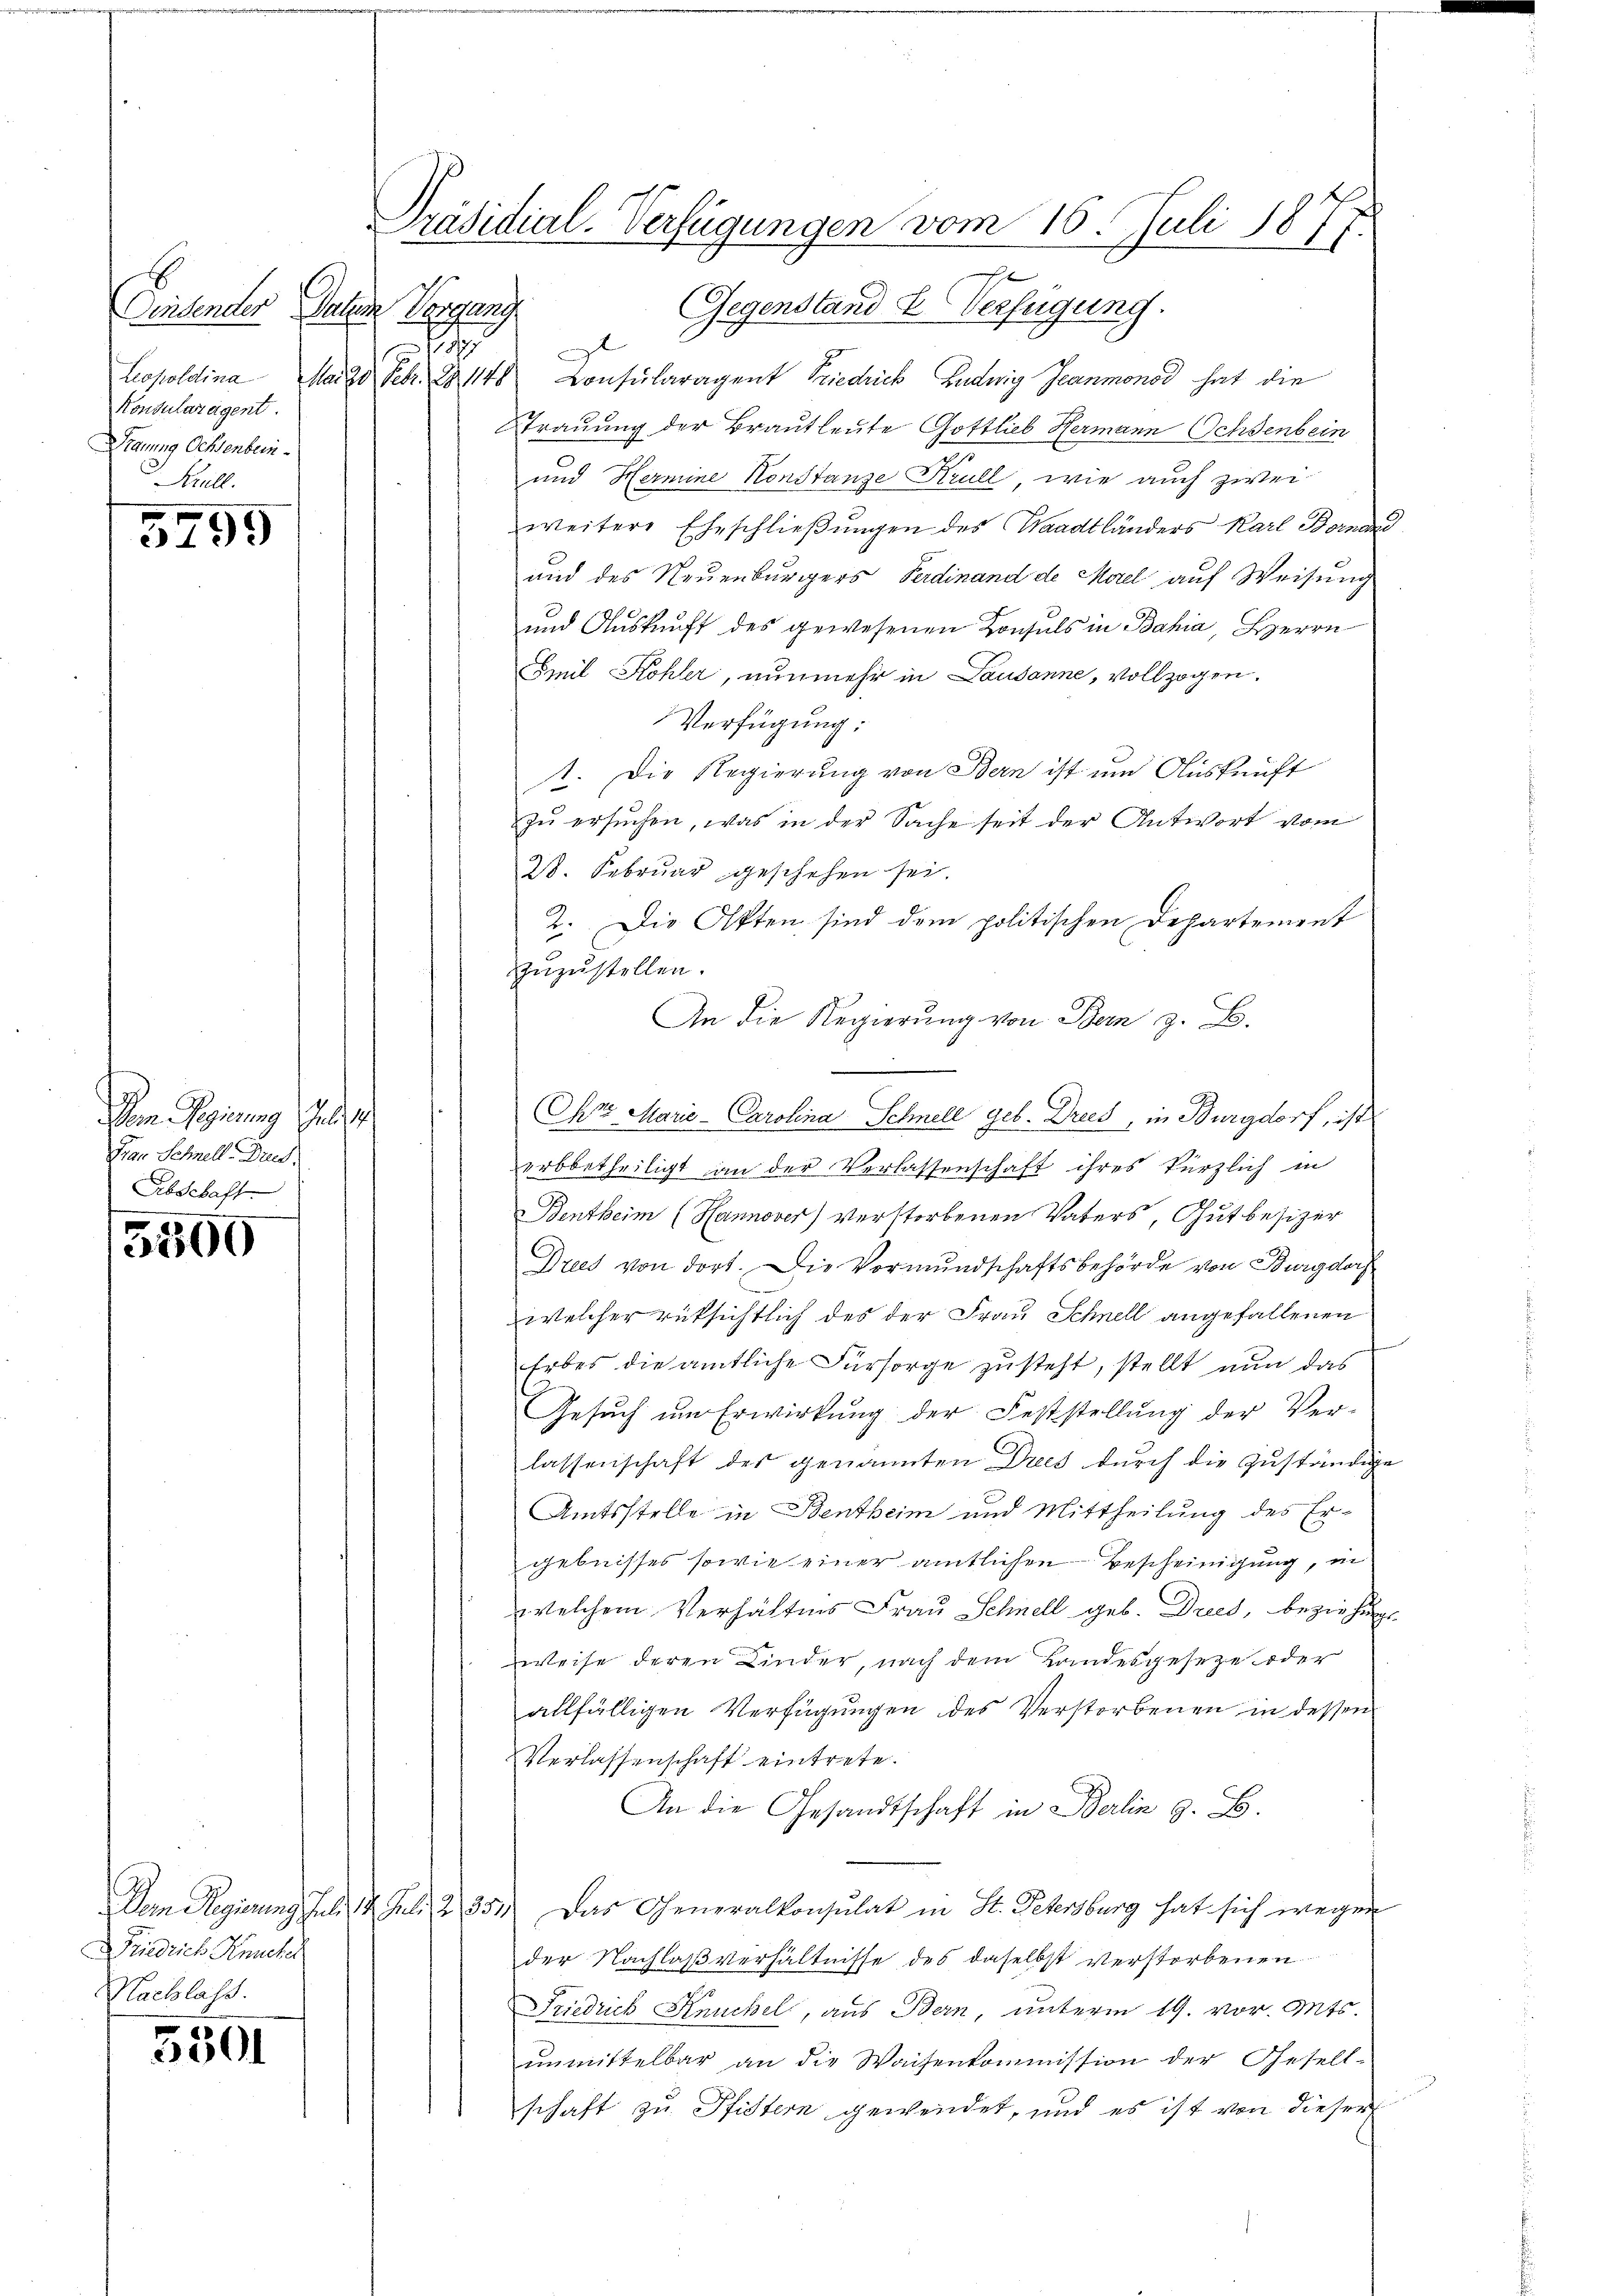
Geitender Paten Vorgang
b
Konsularagent.
Stauung Ochsenbein.
Krull.

3799

Im Regierung des
Frau Schnell. Drus.
Abschaft

5500

Friedrich Knuchel
Nachlass.

5501

Präsidial-Verfügungen vom 16. Juli 1877.

Gegenstand & Verfügung.
z
Leopoldina Ma 20 Febr. 148 Consularagent Friedrich Ludwig Jeanmonod hat die
Strauung der Brautleute Gottlieb Hermann Ochsenbein
und Hermine Konstanze Krull, wie auch zwei
weitere Eheschließungen des Waadtländers Karl Bornari
und des Neuenburgers Ferdinand de Morel auf Weisung
und Auskunft des gewesenen Konsuls in Bahia, Herrn
Emil Kohler, nunmehr in Lausanne, vollzogen.
Verfügung:
t. Die Regierung von Bern ist um Auskunft
zŭ ersŭchen, was in der Sache seit der Antwort vom
28. Februar geschehen sei.
2. Die Akten sind dem politischen Departement
zuzustellen.
An die Regierung von Bern z. B.
Chr Marić - Carolina Schnell geb. Dries, in Burgdorf, ist
erbbetheiligt an der Verlassenschaft ihres kürzlich in
 Bentheim (Hannover) verstorbenen Vaters, Gut besizer
Dries von dort. Die Vormundschaftsbehörde von Burgdorf
welcher rüksichtlich des der Frau Schnell angefallenen
Erbes die amtliche Fürsorge zusteht, stellt nun das
Gesuch um Erwirkung der Feststellung der Ver-
lassenschaft des genannten Drees durch die zuständige
Amtsstelle in Bentheim und Mittheilung des Ergebnisses sowie einer amtlichen Bescheinigung, in
welchem Verhältnis Frau Schnell geb. Dries, beziehung
weise deren Kinder, nach dem Landesgeseze oder
allfälligen Verfügungen des Verstorbenen in dessen
Verlassenschaft eintrete.
An die Gesandtschaft in Berlin z. B.
Dem Regierung Juli 18. Juli 2 354. Das Generalkonsulat in St. Petersburg hat sich wegen
der Nachlaßverhältnisse des daselbst verstorbenen
Friedrich Keuchel, aus Bern, unterm 19. vor. Mts.
unmittelbar an die Waisenkommission der Gesell-
schaft zu Pfistern gewendet, und es ist von dieser